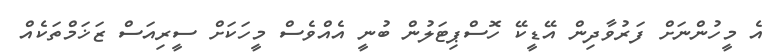
އެ މީހުންނަށް ފަރުވާދިން އޭޑީކޭ ހޮސްޕިޓަލުން ބުނީ އެއްވެސް މީހަކަށް ސީރިއަސް ޒަޚަމްތަކެއް